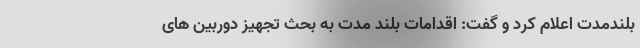
بلندمدت اعلام کرد و گفت: اقدامات بلند مدت به بحث تجهیز دوربین های